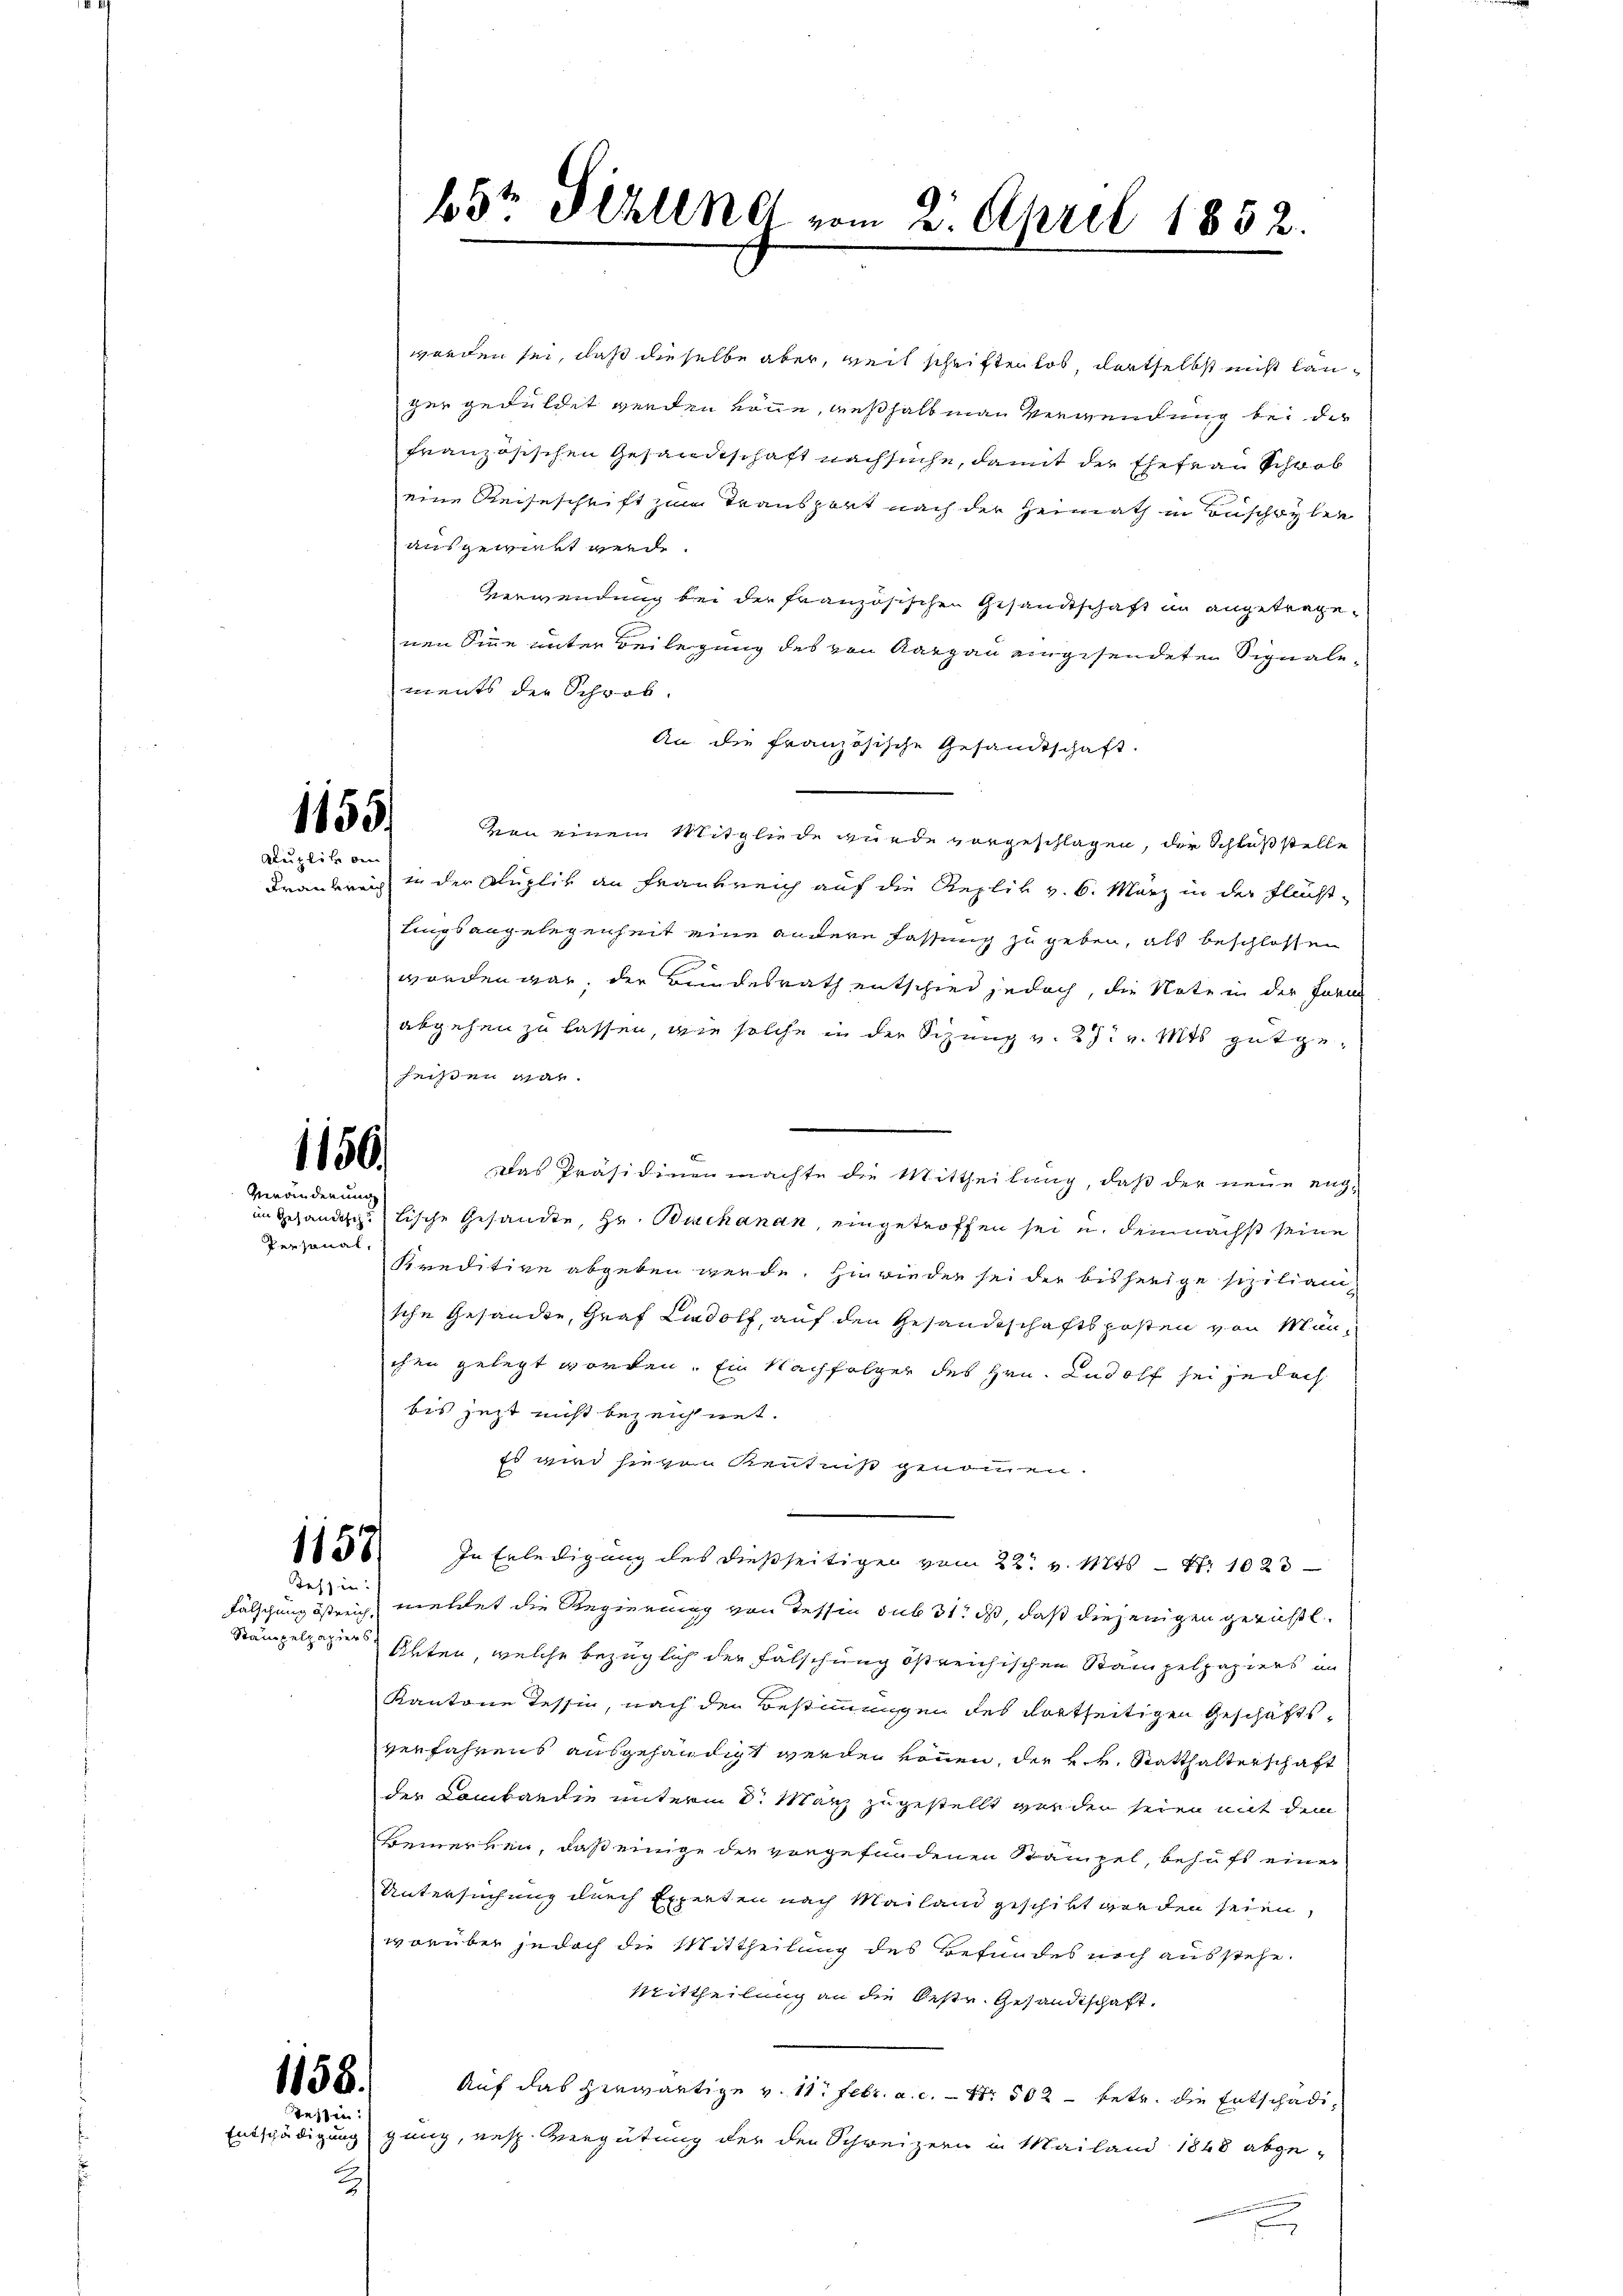
1155/
Auglich ein

1150.
Veränderung
Personal,

1157
Fälschung östreich
Stampelpapiers

1158.
Tessin:

worden sei, daß dieselbe aber, weil schriften los, dortselbst nicht langer geduldet werden könne, weßhalb man verwendung bei der
französischen Gesandtschaft nachsuche, damit der Ehefrau Schwab
eine Reiseschrift zum Transport nach der Heimath in Buschryber
ausgewirkt werde.
Verwendung bei der französischen Gesandtschaft in angetragenen Sinne unter Beilegung des von Aargau eingesendeten Signalements der Schwab
An die französische Gesandtschaft.
von einem Mitgliede wurde vorgeschlagen, der Schluß stelle
Frankreis in der Füzliv an Frankreich auf die Replik v. 6. März in der Flucht-
lingsangelegenheit eine andern fassung zu geben, als beschlossen
e
worden gar, der Bundesrath entschied jedoch, die Note in der Fara
abgehen zu lassen, wie solche in der Sizung v. 27. v. Mts gutgeheißen war.
Das Präsidiuenmachte die Mittheilung, daß der neue engim Gesandtschstische Gesandte, Hr. Buchanan, eingetroffen sei u. demnächst seine
Kreditive abgeben werde. Hinrieden sei der bisherige sizilianische Gesandte, Graf Landolf, auf den Gesandtschaftsposten von Mänchen gelegt worden. Ein Nachfolger des Hrn. Rudolf sei jedoch
bis jezt nicht bezeichnet.
Es wird sie von Kenntniß genommen.
In Erledigung des dießseitigen vom 22. v. Mts. – Nr. 1023
deßin mettet die Regierung von Tessin sub 31. ds, daß diejenigen gerichtl.
Akten, welche bezüglich der Fälschung östreichischen Stampelpapiers an
Kantone Tessin, nach den Bestimmungen des dortseitigen Geschäftsverfahrens ausgehändigt werden können, die H. v. Statthalterschaft
der Lombardie unterm 8. Manz zugestellt werden seien mit dem
Bemerken, daß einige die vorgefundenen Stämpel, behaft einer
Untersuchung durch Experten nach Mailand geschikt worden seien,
worüber jedoch die Mittheilung des Befundes noch ausstehe.
Mittheilung an die Restr. Gesandtschaft.
Auf das herwärtige v. 11. Febr. a. c. - Nr. 502 - betr. die Entschädi¬
Entschädigung ganz, resp. Vergütung der der Schweizern in Mailand 1848 abge¬
2

65t Pillne vom 2. April 1852.